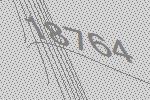
18764